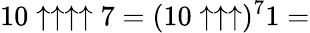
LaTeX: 10\uparrow\uparrow\uparrow\uparrow 7=(10\uparrow\uparrow\uparrow)^{7}1=